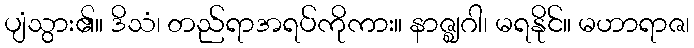
ပျံသွား၏။ ဒိသံ၊ တည်ရာအရပ်ကိုကား။ နာဇ္ဈဂါ၊ မရနိုင်။ မဟာရာဇ၊